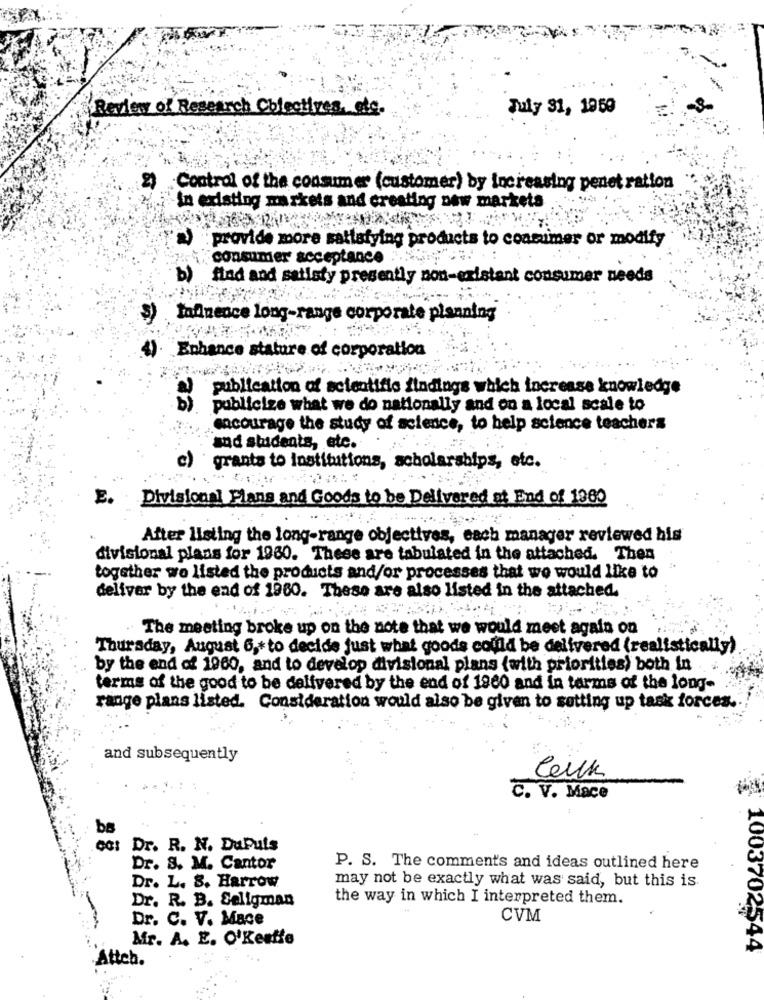
Review of Research Obiectives, etc.
July 31, 1959
Control of the consumer (customer) by increasing penet ration
"in existing markets and creating new markets
a) provide more sattafying products to coanimer or modify
consumer acceptance
b) flad and satisfy presently non-existent consumer needs
tofinence long-range corporate planning
Enhance stature of corporation
publication of scientific findings which increase knowledge
publicize what we do nationally and on a local scale to
cocourage the study of science, to help science teachers
and students, etc.
c) grants to institutions, scholarships, etc.
E.
Divisional Plans and Goods to be Delivered at End of 1900
After listing the long-range objectives, each manager reviewed his
divisional plans for 1960. These are tabulated in the attached. Then
together we listed the products and/or processes that we would like to
deliver by the end of 1960. These are also listed in the attached.
The meeting broke up on the note that we would meet again on
Thursday, August 6 ,* to decide just what goods could be delivered (realistically)
by the end of 1960, and to develop divisional plans (with priorities) both in
terms of the good to be delivered by the end of 1960 and in terms of the long-
range plans listed. Consideration would also be given to setting up task forces.
and subsequently
leilk
C. V. Mace
Dr. R. N. DuPuts
Dr. S. M. Cantor
P. S. The comments and ideas outlined here
may not be exactly what was said, but this is
Dr. L. 8. Harrow
the way in which I interpreted them.
Dr. R. B. Seligman
Dr. C. V. Mace
CVM
Mr. A. E. O'Keeffe
1003704944
Attch.